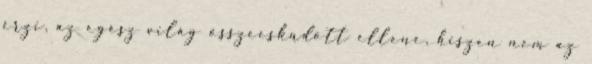
érzi, az egész világ összeesküdött ellene, hiszen nem az